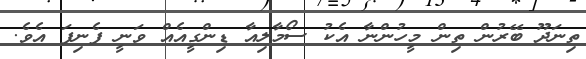
ތިނަދޫ ބޭރުން ތިން މީހުންނާ އެކު ސޯމާލިއާ ޑިންގީއެއް ވަނީ ފެނިފަ އެވެ.